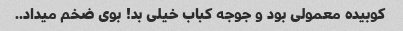
کوبیده معمولی بود و جوجه کباب خیلی بد! بوی ضخم میداد..